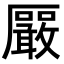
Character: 𪠛